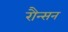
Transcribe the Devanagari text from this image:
रौन्सन